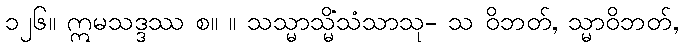
၁၂၆။ ဣမသဒ္ဒဿ စ။ ။ သသ္မာသ္မိံသံသာသု- သ ဝိဘတ်, သ္မာဝိဘတ်,